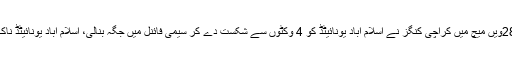
کراچی: پی ایس ایل فائیو کے 28ویں میچ میں کراچی کنگز نے اسلام آباد یونائیٹڈ کو 4 وکٹوں سے شکست دے کر سیمی فائنل میں جگہ بنالی، اسلام آباد یونائیٹڈ ناک آؤٹ مرحلے سے باہر ہوگئی۔